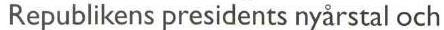
Republikens presidents nyårstal och